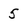
Character: 5